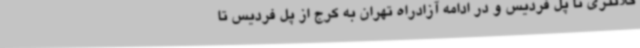
کلانتری تا پل فردیس و در ادامه آزادراه تهران به کرج از پل فردیس تا